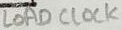
Text: LOAD CLOCK